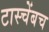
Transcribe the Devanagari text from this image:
टास्चेंबच